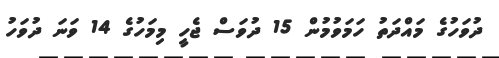
ދުވަހުގެ މައްދަތު ހަމަވުމުން 15 ދުވަސް ޖެހީ މިމަހުގެ 14 ވަނަ ދުވަހު